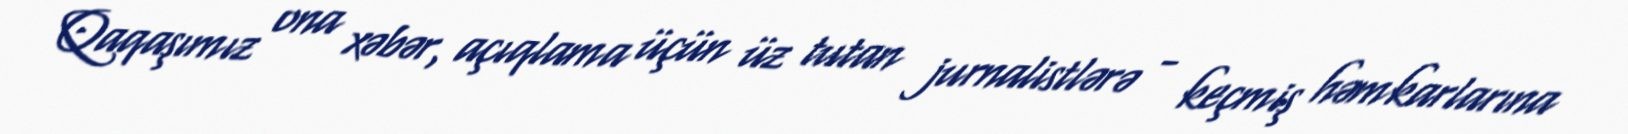
Qaqaşımız ona xəbər, açıqlama üçün üz tutan jurnalistlərə - keçmiş həmkarlarına